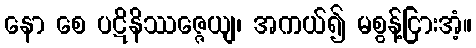
နော စေ ပဋိနိဿဇ္ဇေယျ၊ အကယ်၍ မစွန့်ငြားအံ့။